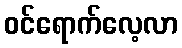
ဝင်ရောက်လေ့လာ